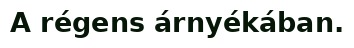
A régens árnyékában.